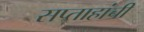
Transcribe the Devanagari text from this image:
सप्ताहांची